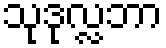
သုဒုလ္လဘာ